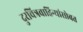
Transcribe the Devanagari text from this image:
दुरचित्रवाहिन्यांसोबत